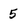
Character: 5